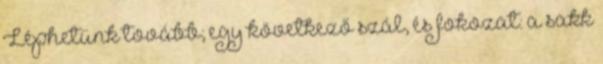
Léphetünk tovább; egy következő szál, és fokozat: a sakk